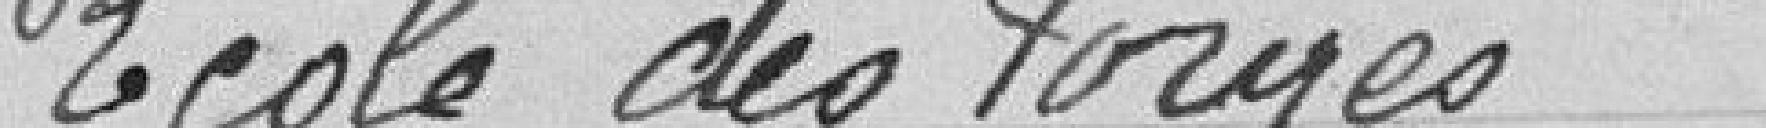
Ecole des forges